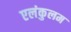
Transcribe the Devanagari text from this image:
एलंकुलम